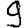
Digit: 9